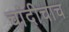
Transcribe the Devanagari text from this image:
चांदीचाच